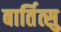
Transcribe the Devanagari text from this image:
बार्तित्सु